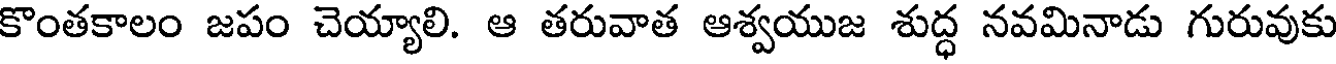
కొంతకాలం జపం చెయ్యాలి. ఆ తరువాత ఆశ్వయుజ శుద్ధ నవమినాడు గురువుకు